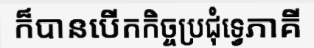
ក៏បានបើកកិច្ចប្រជុំទ្វេភាគី